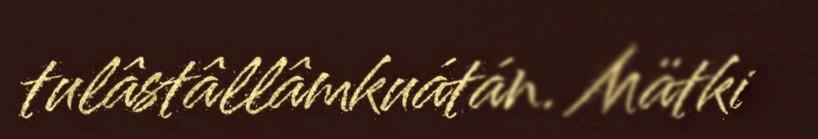
tulâstâllâmkuátán. Mätki